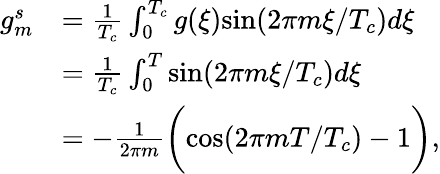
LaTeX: \begin{array}{rl}{g_{m}^{s}}&{=\frac{1}{T_{c}}\int_{0}^{T_{c}}g(\xi)\mathrm{sin}(2\pi m\xi/T_{c})d\xi}\\ &{=\frac{1}{T_{c}}\int_{0}^{T}\mathrm{sin}(2\pi m\xi/T_{c})d\xi}\\ &{=-\frac{1}{2\pi m}\bigg(\mathrm{cos}(2\pi mT/T_{c})-1\bigg),}\end{array}